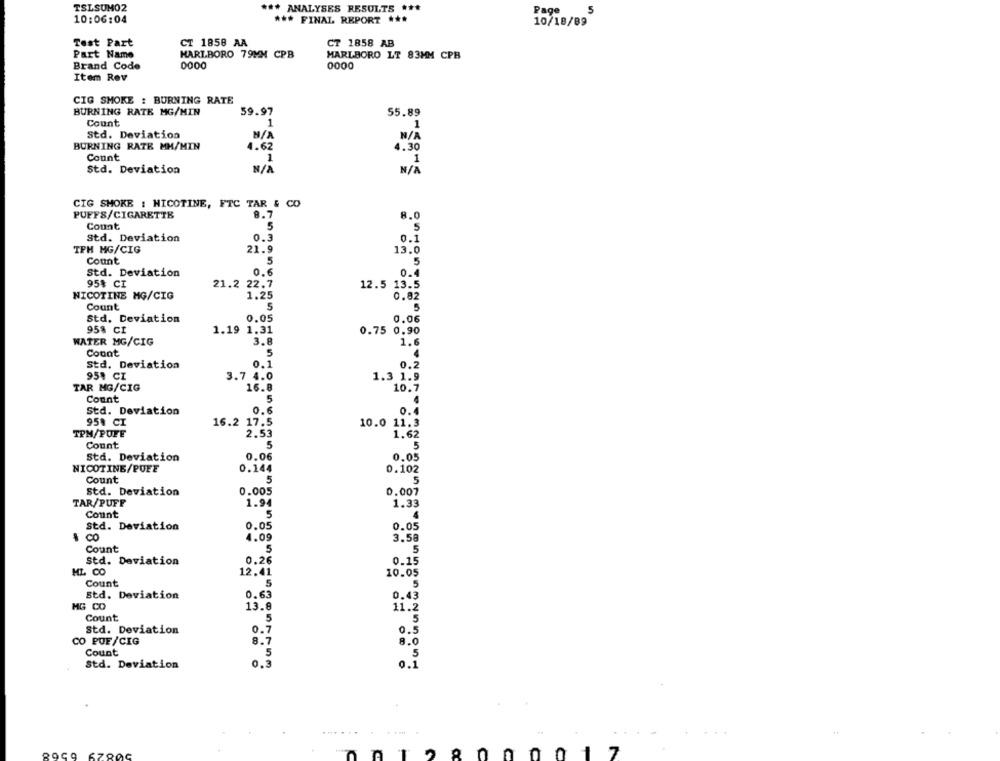
TSLSUM02
*** ANALYSES RESULTS ***
Page
5
10:06:04
*** FINAL REPORT ***
10/18/89
Test Part
CT 1858 AA
CT 1858 AB
Part Name
MARLBORO 79MM CPB
MARLBORO LT 83MM CPB
Brand Code
0000
0000
Item Rev
CIG SMOKE : BURNING RATE
BURNING RATE MG/MIN
59.97
55.89
Count
1
1
Std. Deviation
BURNING RATE MM/MIN
4.62
4.30
Count
1
Std. Deviation
CIG SMOKE : NICOTINE, FTC TAR & CO
8.7
PUFFS/CIGARETTE
8.0
Count
5
Std. Deviation
0.3
0.1
TPH MG/CIG
21.9
13.0
Count
5
5
Std. Deviation
0.6
0.4
95% CI
21.2 22.7
12.5 13.5
NICOTINE MG/CIG
1.25
0.82
Count
5
Std. Deviation
0.05
95% CI
1.19 1.31
0.75 0.90
WATER MG/CIG
3.8
1.6
Count
5
Std. Deviation
0.1
0.2
95% CI
3.7 4.0
1.3 1.9
TAR MG/CIG
16.8
10.7
Count
5
Std. Deviation
0.6
0.4
95% CI
16.2 17.5
10.0 11.3
TPM/PUFF
2.53
1.62
Count
5
5
Std. Deviation
0.06
0.05
NICOTINE/PUEE
0.144
0.102
Count
5
5
Std. Deviation
0.005
0.007
TAR/PUFF
1.94
1.33
Count
Std. Deviation
0.05
0.05
CO
4.09
3.58
Count
5
5
Std. Deviation
0.26
0.15
HL CO
10.05
Count
5
5
Std. Deviation
0.63
0.43
MG CO
13.8
11.2
Count
5
Std. Deviation
0.5
0.7
CO PUF/CIG
8.
Count
5
0.3
Std. Deviation
0.
...
01 7